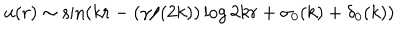
LaTeX: u ( r ) \sim \sin ( k r - ( \gamma / ( 2 k ) ) \log 2 k r + \sigma _ { 0 } ( k ) + \delta _ { 0 } ( k ) )